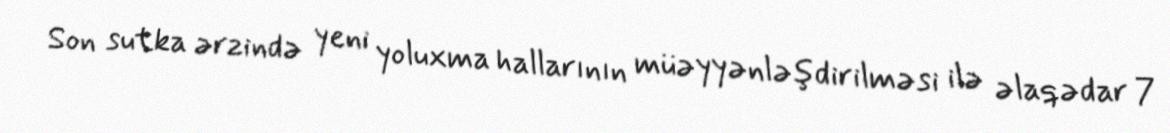
Son sutka ərzində yeni yoluxma hallarının müəyyənləşdirilməsi ilə əlaqədar 7